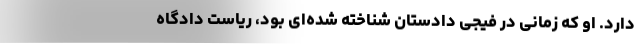
دارد. او که زمانی در فیجی دادستان شناخته شده‌ای بود، ریاست دادگاه